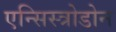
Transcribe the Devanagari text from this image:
एन्सिस्त्रोडोन